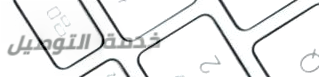
خدمة التوصيل